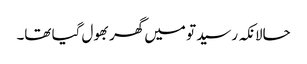
حالانکہ رسید تو میں گھر بھول گیا تھا۔